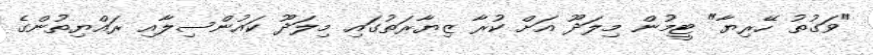
"ވަގުތު ހޭރިޔާ" ޓީމުން މިލަދޫ އަށް ކުރާ ޒިޔާރަތުގައި މިލަދޫ ކައުންސިލާއި ރައްޔިތުންގެ